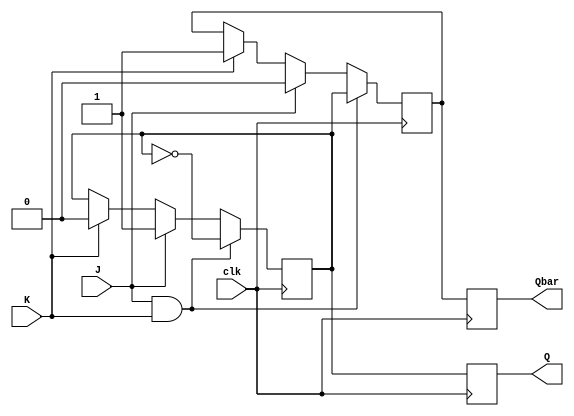
module jk_flip_flop (
    input wire J,
    input wire K,
    input wire clk,
    output reg Q,
    output reg Qbar
);

reg master_Q, master_Qbar;

always @(posedge clk) begin
    // Master stage
    if (J & K) begin
        master_Q <= !master_Q;
        master_Qbar <= master_Q;
    end else if (J) begin
        master_Q <= 1'b1;
        master_Qbar <= 1'b0;
    end else if (K) begin
         master_Q <= 1'b0;
        master_Qbar <= 1'b1;
    end

    // Slave stage
    Q <= master_Q;
    Qbar <= master_Qbar;
end

endmodule